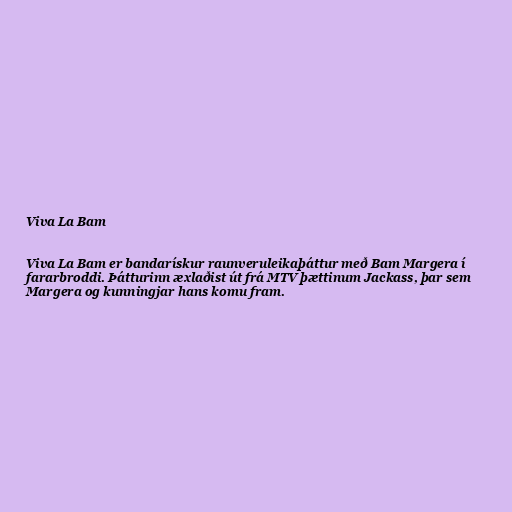
Viva La Bam

Viva La Bam er bandarískur raunveruleikaþáttur með Bam Margera í
fararbroddi. Þátturinn æxlaðist út frá MTV þættinum Jackass, þar sem
Margera og kunningjar hans komu fram.